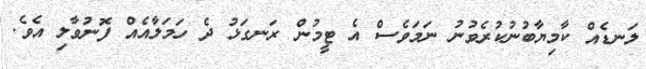
ލަނޑެއް ކާމިޔާބުނުކުރެވުނު ނަމަވެސް އެ ޓީމުން ރަނގަޅު ދެ ހަމަލާއެއް ފޮނުވާލި އެވެ.